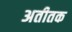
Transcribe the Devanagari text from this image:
अतीतक